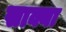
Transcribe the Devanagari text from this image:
साक्या